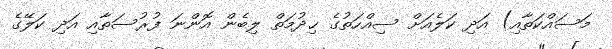
މަސައްކަތާއި) އަދި ކަލެއަށް ސިއްހަތުގެ ޚިދުމަތް ލިބެން އޮންނަ ފުރުސަތާއި އަދި ކަލޭގެ